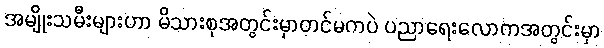
အမျိုးသမီးများဟာ မိသားစုအတွင်းမှာတင်မကပဲ ပညာရေးလောကအတွင်းမှာ